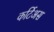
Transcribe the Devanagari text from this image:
कर्टिअस